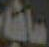
ساشا